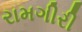
રામગીરી